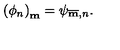
\left( \phi _ { n } \right) _ { \bf m } = \psi _ { { \overline { { \bf m } } } , n } .